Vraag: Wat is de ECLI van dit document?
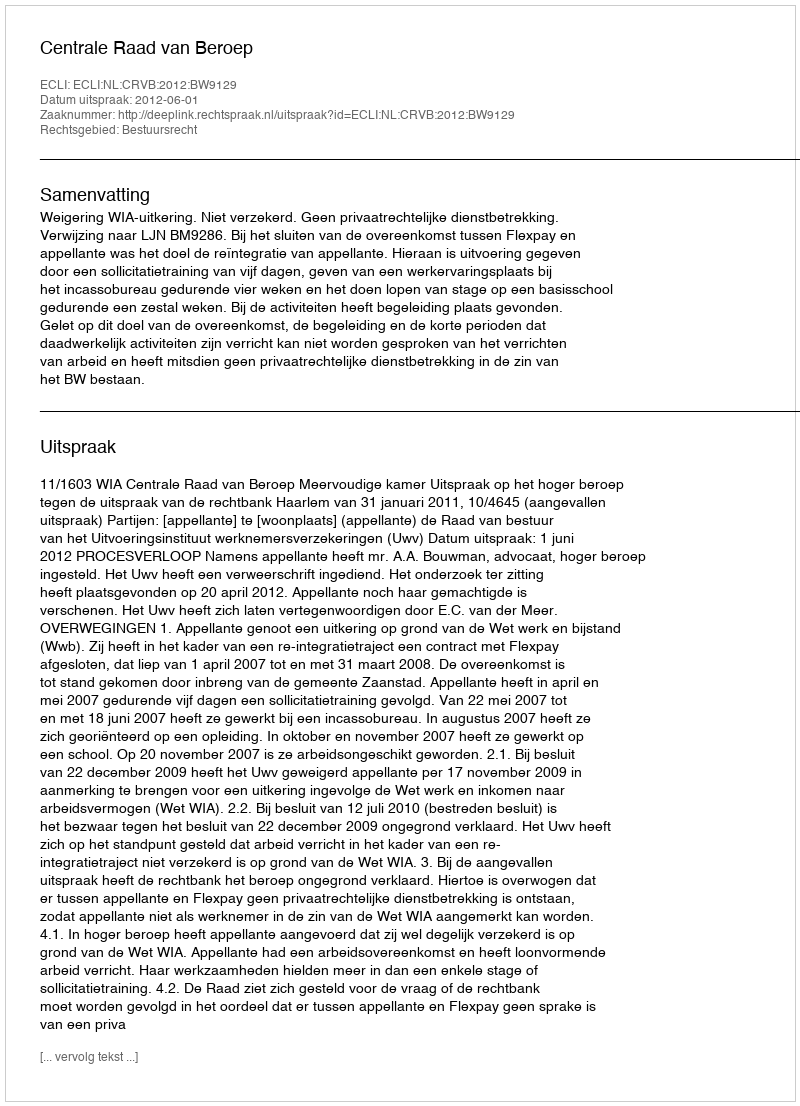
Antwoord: ECLI:NL:CRVB:2012:BW9129